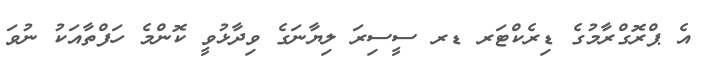
އެ ޕްރޮގްރާމުގެ ޑިރެކްޓަރ ޑރ ސީސިރަ ލިޔާނަގެ ވިދާޅުވީ ކޮންމެ ހަފްތާއަކު ނުވަ